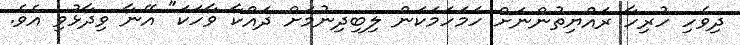
ދިވެހި ހުރިހާ ރައްޔިތުންނަށް ހަމަހަމަކަން ލިބިދިނުމަށް ދައްކާ ވާހަކަ" އޭނާ ވިދާޅުވި އެވެ.